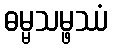
ဓမ္မသမ္ဖဿံ